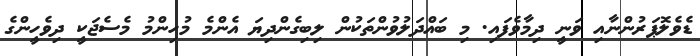
ޑެވެލޮޕަރުންނާއި ވަނީ ދިމާވެފައި. މި ބައްދަލުވުންތަކުން ލިބިގެންދިޔަ އެންމެ މުހިންމު މެސެޖަކީ ދިވެހީންގެ